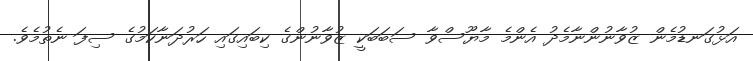
އަޅުގަނޑުމެން ޒުވާނުންނާމެދު އެންމެ މާޔޫސްވާ ސަބަބަކީ ޒުވާނުންގެ ކިބައިގައި ހަރުދަނާކަމުގެ ސިފަ ނެތުމެވެ.